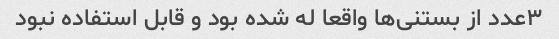
۳عدد از بستنی‌ها واقعا له شده بود و قابل استفاده نبود